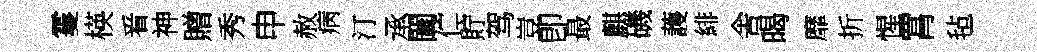
䨥楧㸔神贈秀申赦病汀承闔伫貯驾豈卽最麒磯䕶緋舎暍靡折惺罥毡